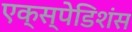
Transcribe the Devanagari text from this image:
एक्स्पेडिशंस